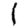
Digit: 1